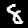
Digit: 8